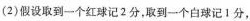
(2)假设取到一个红球记2分，取到一个白球记1分